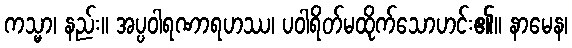
ကသ္မာ၊ နည်း။ အပ္ပဝါရဏာရဟဿ၊ ပဝါရိတ်မထိုက်သောဟင်း၏။ နာမေန၊